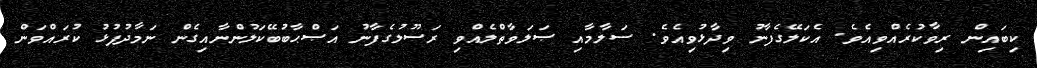
ކިބައިން ރިވާކުރެއްވިއެވެ. އެކަލޭގެފާނު ވިދާޅުވިއެވެ. ސަލާމާއި ޞަލަވާތްލެއްވި ރަސޫލުގެފާނު އަޞްޙާބުބޭކަލުންނާއިގެން ނަމާދުފުޅު ކުރައްވަން